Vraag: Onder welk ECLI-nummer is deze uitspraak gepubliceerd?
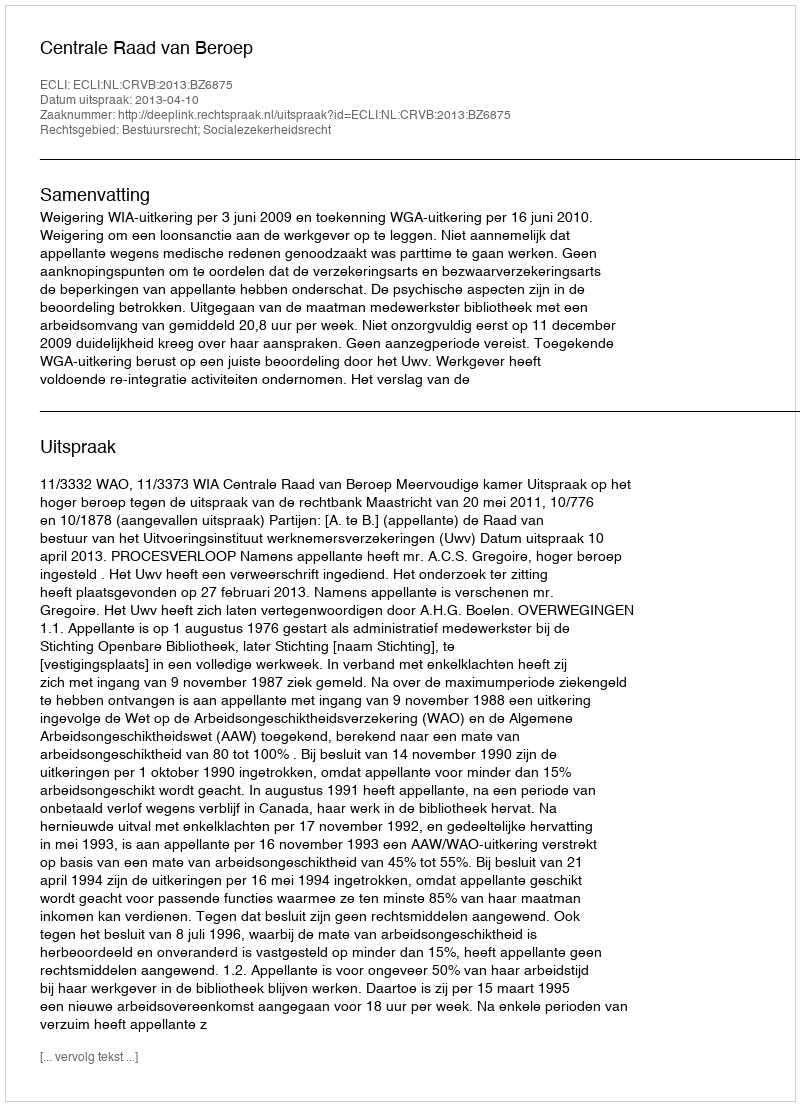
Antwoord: ECLI:NL:CRVB:2013:BZ6875